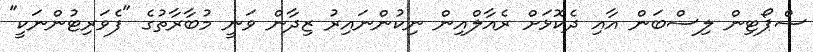
ސްޕޯޓިން ލިސްބަން އާއި ދެކޮޅަށް ރެއާލްއިން ނިކުންނައިރު ޒިދާން ވަނީ މުބާރާތުގެ "ފެވަރިޓުންނަކީ"